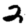
Digit: 2